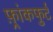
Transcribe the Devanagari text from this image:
फ़्रांकफुर्ट